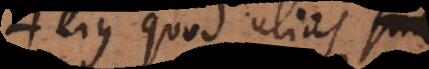
ejus quod alias sine